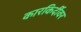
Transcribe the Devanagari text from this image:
कारकिर्दीवर